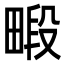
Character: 𪽜